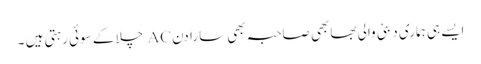
ایسے ہی ہماری دبئی والی بھابھی صاحبہ بھی سارا دن AC چلا کے سوئی رہتی ہیں ۔